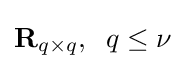
\mathbf {R} _{q\times q},\;\;q\leq \nu